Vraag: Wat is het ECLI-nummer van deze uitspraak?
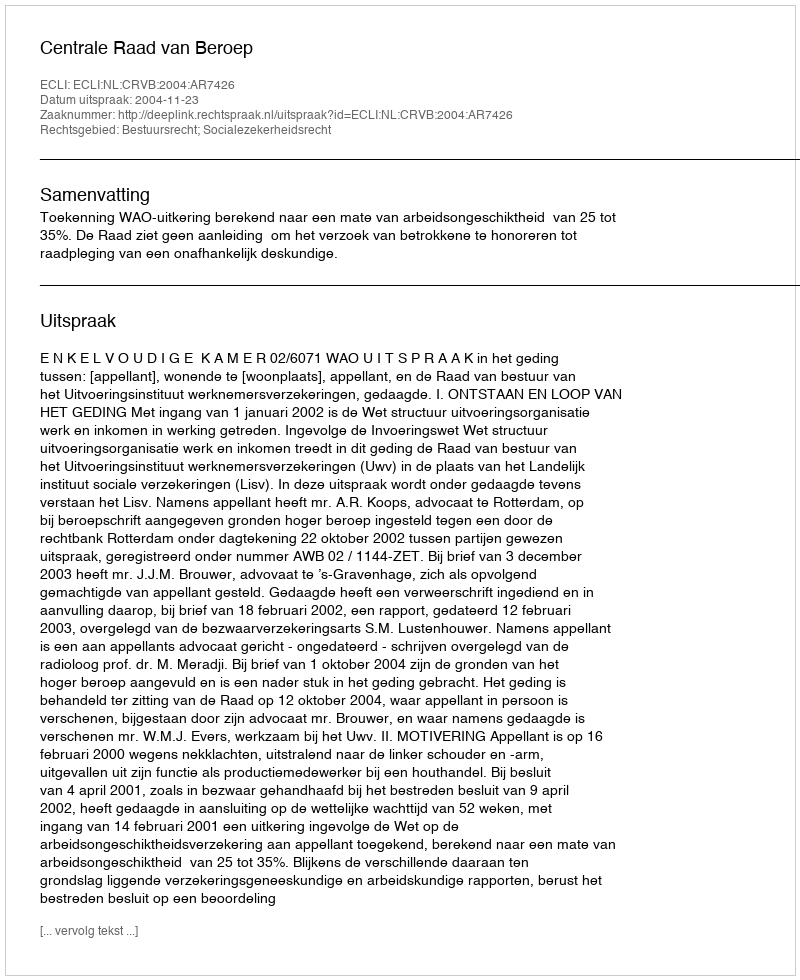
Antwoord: ECLI:NL:CRVB:2004:AR7426